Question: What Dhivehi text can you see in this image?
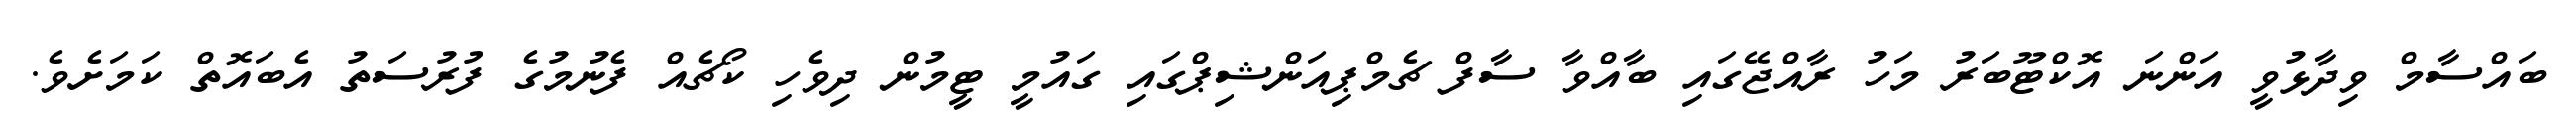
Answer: ބައްސާމް ވިދާޅުވީ އަންނަ އޮކްޓޫބަރު މަހު ރާއްޖޭގައި ބާއްވާ ސާފް ޗެމްޕިއަންޝިޕްގައި ގައުމީ ޓީމުން ދިވެހި ކޯޗެއް ފެނުމުގެ ފުރުސަތު އެބައޮތް ކަމަށެވެ.